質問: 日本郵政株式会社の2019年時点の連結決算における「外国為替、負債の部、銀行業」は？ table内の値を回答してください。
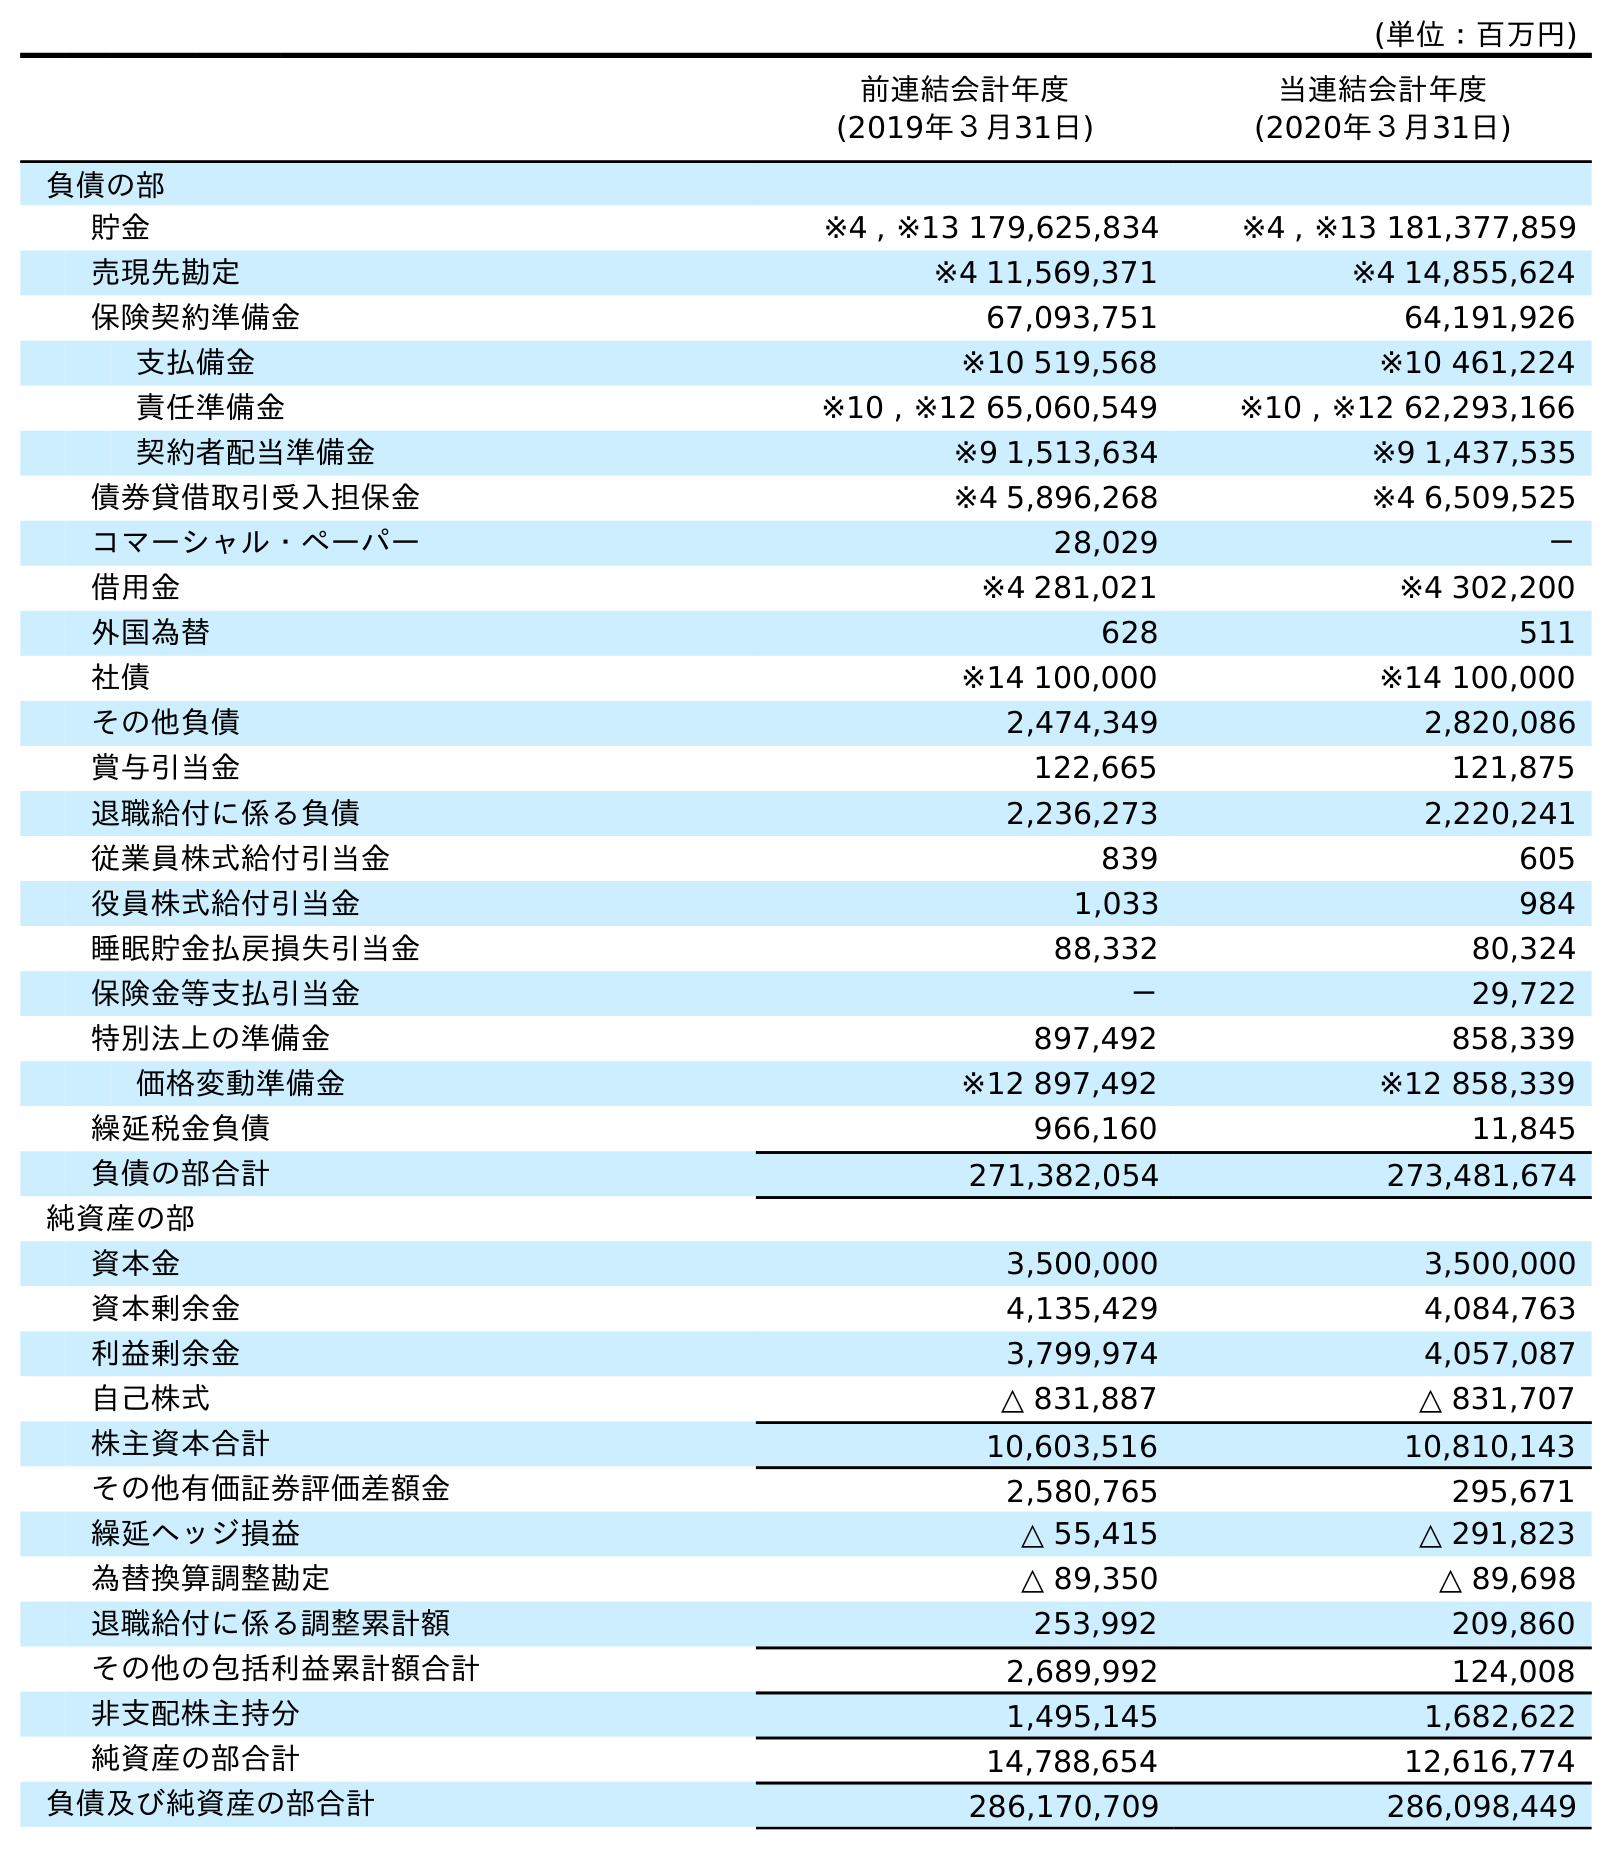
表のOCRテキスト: (単位：百万円) 前連結会計年度 (2019年３月31日) 当連結会計年度 (2020年３月31日) 負債の部 貯金 ※4 , ※13 179,625,834 ※4 , ※13 181,377,859 売現先勘定 ※4 11,569,371 ※4 14,855,624 保険契約準備金 67,093,751 64,191,926 支払備金 ※10 519,568 ※10 461,224 責任準備金 ※10 , ※12 65,060,549 ※10 , ※12 62,293,166 契約者配当準備金 ※9 1,513,634 ※9 1,437,535 債券貸借取引受入担保金 ※4 5,896,268 ※4 6,509,525 コマーシャル・ペーパー 28,029 － 借用金 ※4 281,021 ※4 302,200 外国為替 628 511 社債 ※14 100,000 ※14 100,000 その他負債 2,474,349 2,820,086 賞与引当金 122,665 121,875 退職給付に係る負債 2,236,273 2,220,241 従業員株式給付引当金 839 605 役員株式給付引当金 1,033 984 睡眠貯金払戻損失引当金 88,332 80,324 保険金等支払引当金 － 29,722 特別法上の準備金 897,492 858,339 価格変動準備金 ※12 897,492 ※12 858,339 繰延税金負債 966,160 11,845 負債の部合計 271,382,054 273,481,674 純資産の部 資本金 3,500,000 3,500,000 資本剰余金 4,135,429 4,084,763 利益剰余金 3,799,974 4,057,087 自己株式 △ 831,887 △ 831,707 株主資本合計 10,603,516 10,810,143 その他有価証券評価差額金 2,580,765 295,671 繰延ヘッジ損益 △ 55,415 △ 291,823 為替換算調整勘定 △ 89,350 △ 89,698 退職給付に係る調整累計額 253,992 209,860 その他の包括利益累計額合計 2,689,992 124,008 非支配株主持分 1,495,145 1,682,622 純資産の部合計 14,788,654 12,616,774 負債及び純資産の部合計 286,170,709 286,098,449
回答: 628